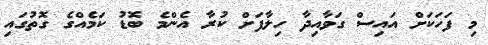
މި ފަހަކަށް އައިސް ގަވާއިދާ ހިލާފަށް ކުރާ އެންމެ ބޮޑު ކަމެއްގެ ގޮތުގައި